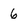
Character: 6